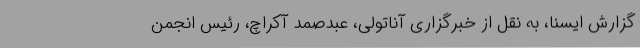
گزارش ایسنا، به نقل از خبرگزاری آناتولی، عبدصمد آکراچ، رئیس انجمن